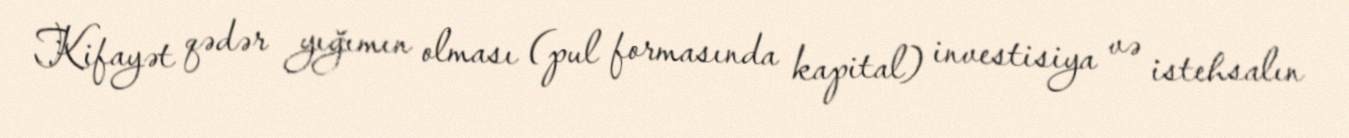
Kifayət qədər yığımın olması (pul formasında kapital) investisiya və istehsalın